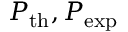
P _ { \mathrm { t h } } , P _ { \mathrm { e x p } }